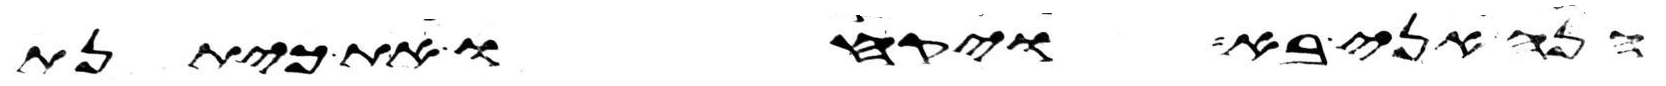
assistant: הנה אני בא ויקחו את כיתנת